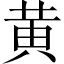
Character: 黄